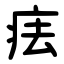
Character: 㾀